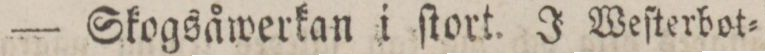
— Skogsåwerkan i ſtort. J Weſterbot=